Report on vaccination North-West Frontier Province 1904-1922 - 1904-1922
Year: 1904
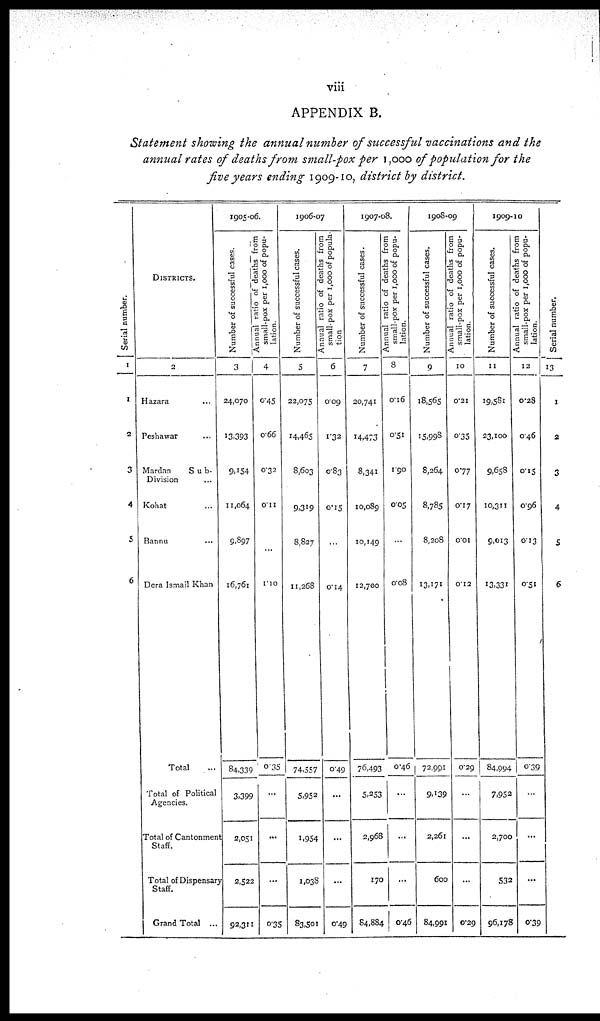
viii
APPENDIX B.
Statement showing the annual number of successful vaccinations and the
annual rates of deaths from small-pox per 1,000 of population for the
five years ending 1909-10, district by district.
Serial number.
1
1
2
3
4
5
6
DISTRICTS.
2
Hazara ...
Peshawar ...
Mardan
Sub¬
Division ...
Kohat ...
Bannu ...
Dera Ismail Khan
Total ...
Total of Political
Agencies.
Total of Cantonment
Staff.
Total of Dispensary
Staff.
Grand Total ...
1905-06.
Number of successful cases.
3
24,070
13,393
9.154
11,064
9,897
16,761
84,339
3,399
2,051
2,522
92,311
Annual ratio of deaths from
small-pox per 1,000 of popu-
lation.
4
0.45
0.66
0.32
0.11
...
1.10
0.35
...
...
...
0.35
1906-07
Number of successful cases.
5
22,075
14,465
8,603
9,319
8,827
11,268
74,557
5,952
1,954
1,038
83,501
Annual ratio of deaths from
small-pox per 1,000 of popula-
tion
6
0.09
1.32
0.83
0.15
...
0.14
0.49
...
...
...
0.49
1907-08.
Number of successful cases.
7
20,741
14,473
8,341
10,089
10,149
12,700
76,493
5,253
2,968
170
84,884
Annual ratio of deaths from
small-pox per 1,000 of popu-
lation.
8
0.16
0.51
1.90
0.05
...
0.08
0.46
...
...
...
0.46
1908-09
Number of successful cases.
9
18,565
15,998
8,264
8,785
8,208
13,171
72,991
9,139
2,261
600
84,991
Annual ratio of deaths from
small-pox per 1,000 of popu-
lation.
10
0.21
0.35
0.77
0.17
0.01
0.12
0.29
...
...
0.29
1909-10
Number of successful cases.
11
19,581
23,100
9,658
10,311
9,013
13,331
84,994
7,952
2,700
532
96,178
Annual ratio of deaths from
small-pox per 1,000 of popu-
lation.
12
0.28
0.46
0.15
0.96
0.13
0.51
0.39
...
...
...
0.39
Serial number.
13
1
2
3
4
5
6